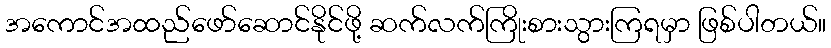
အကောင်အထည်ဖော်ဆောင်နိုင်ဖို့ ဆက်လက်ကြိုးစားသွားကြရမှာ ဖြစ်ပါတယ်။